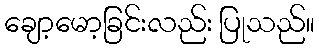
ချော့မော့ခြင်းလည်း ပြုသည်။